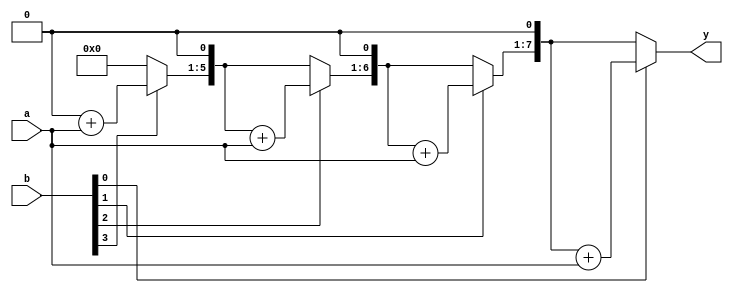
`timescale 1ns / 1ps

module BinaryMult(a,b,y);
    parameter n=4,m=4;
    input [n-1:0]a;
    input [m-1:0]b;
    output reg [n+m-1:0] y;
    reg [n+m-1:0] product;
    integer i;
    
    // size of a is n bits and size of b is m bits
    always @(*) begin
        product = 0;
        for (i = m-1; i >= 0; i = i - 1) begin
            if (b[i]==1) begin 
                product = product + a; end
            if(i>0) begin
                 product = product<<1; end
        end
        y = product;
    end

endmodule